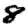
Digit: 8